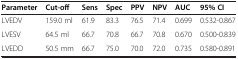
<table><thead><tr><td><b>Parameter</b></td><td><b>Cut-off</b></td><td><b>Sens</b></td><td><b>Spec</b></td><td><b>PPV</b></td><td><b>NPV</b></td><td><b>AUC</b></td><td><b>95% CI</b></td></tr></thead><tbody><tr><td>LVEDV</td><td>159.0 ml</td><td>61.9</td><td>83.3</td><td>76.5</td><td>71.4</td><td>0.699</td><td>0.532-0.867</td></tr><tr><td>LVESV</td><td>64.5 ml</td><td>66.7</td><td>70.8</td><td>66.7</td><td>70.8</td><td>0.670</td><td>0.500-0.839</td></tr><tr><td>LVEDD</td><td>50.5 mm</td><td>66.7</td><td>75.0</td><td>70.0</td><td>72.0</td><td>0.735</td><td>0.580-0.891</td></tr></tbody></table>